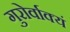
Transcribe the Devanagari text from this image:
गुरोर्वाक्यं